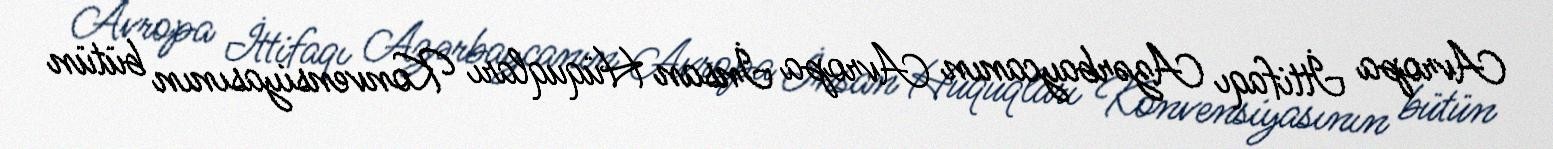
Avropa İttifaqı Azərbaycanın Avropa İnsan Hüquqları Konvensiyasının bütün